Indian journal of veterinary science and animal husbandry - Volumes 22-23, 1952-1953
Year: 1952
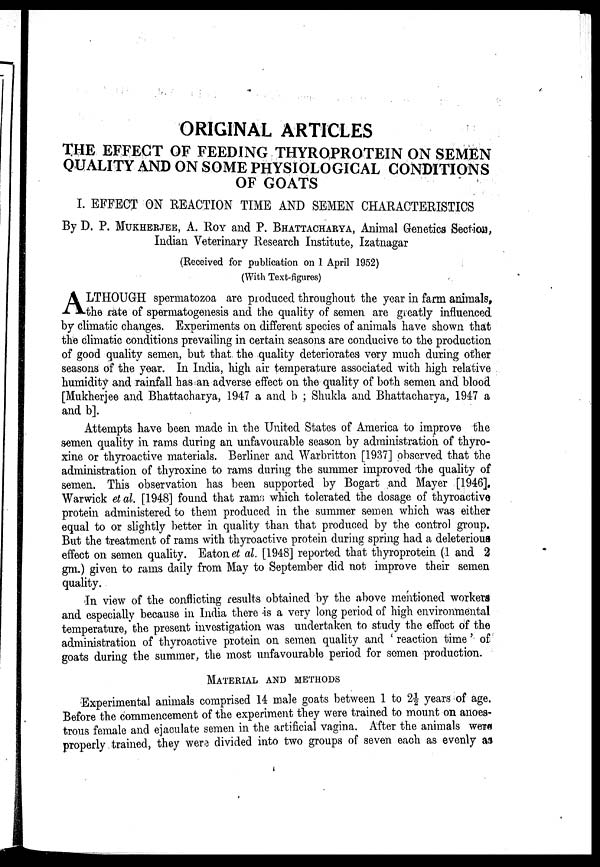
ORIGINAL ARTICLES
THE EFFECT OF FEEDING THYROPROTEIN ON SEMEN
QUALITY AND ON SOME PHYSIOLOGICAL CONDITIONS
OF GOATS
I. EFFECT ON REACTION TIME AND SEMEN CHARACTERISTICS
By D. P. MUKHERJEE, A. ROY and P. BHATTACHARYA,Animal Genetics Section,
Indian Veterinary Research Institute, Izatnagar
(Received for publication on 1 April 1952)
(With Text-figures)
A LTHOUGH spermatozoa are produced throughout the year in farm animals,
the rate of spermatogenesis and the quality of semen are greatly influenced
by climatic changes. Experiments on different species of animals have shown that
the climatic conditions prevailing in certain seasons are conducive to the production
of good quality semen, but that the quality deteriorates very much during other
seasons of the year. In India, high air temperature associated with high relative
humidity and rainfall has an adverse effect on the quality of both semen and blood
[Mukherjee and Bhattacharya, 1947 a and b ; Shukla and Bhattacharya, 1947 a
and b].
Attempts have been made in the United States of America to improve the
semen quality in rams during an unfavourable season by administration of thyro-
xine or thyroactive materials. Berliner and Warbritton [1937] observed that the
administration of thyroxine to rams during the summer improved the quality of
semen. This observation has been supported by Bogart and Mayer [1946],
Warwick et al. [1948] found that rams which tolerated the dosage of thyroactive
protein administered to them produced in the summer semen which was either
equal to or slightly better in quality than that produced by the control group.
But the treatment of rams with thyroactive protein during spring had a deleterious
effect on semen quality. Eaton et al. [1948] reported that thyroprotein (1 and 2
gm.) given to rams daily from May to September did not improve their semen
quality.
In view of the conflicting results obtained by the above mentioned workers
and especially because in India there is a very long period of high environmental
temperature, the present investigation was undertaken to study the effect of the
administration of thyroactive protein on semen quality and ' reaction time ' of
goats during the summer, the most unfavourable period for semen production.
MATERIAL AND METHODS
Experimental animals comprised 14 male goats between 1 to 2½ years of age.
Before the commencement of the experiment they were trained to mount on anoes-
trous female and ejaculate semen in the artificial vagina. After the animals were
properly trained, they were divided into two groups of seven each as evenly as